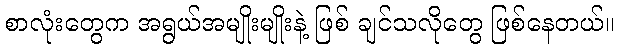
စာလုံးတွေက အရွယ်အမျိုးမျိုးနဲ့ ဖြစ် ချင်သလိုတွေ ဖြစ်နေတယ်။